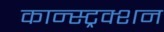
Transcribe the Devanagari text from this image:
कान्स्ट्रक्शन